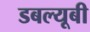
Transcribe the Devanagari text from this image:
डबल्यूबी